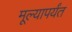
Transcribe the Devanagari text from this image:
मूल्यापर्यंत